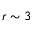
r \sim 3